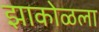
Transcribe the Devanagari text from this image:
झाकोळला